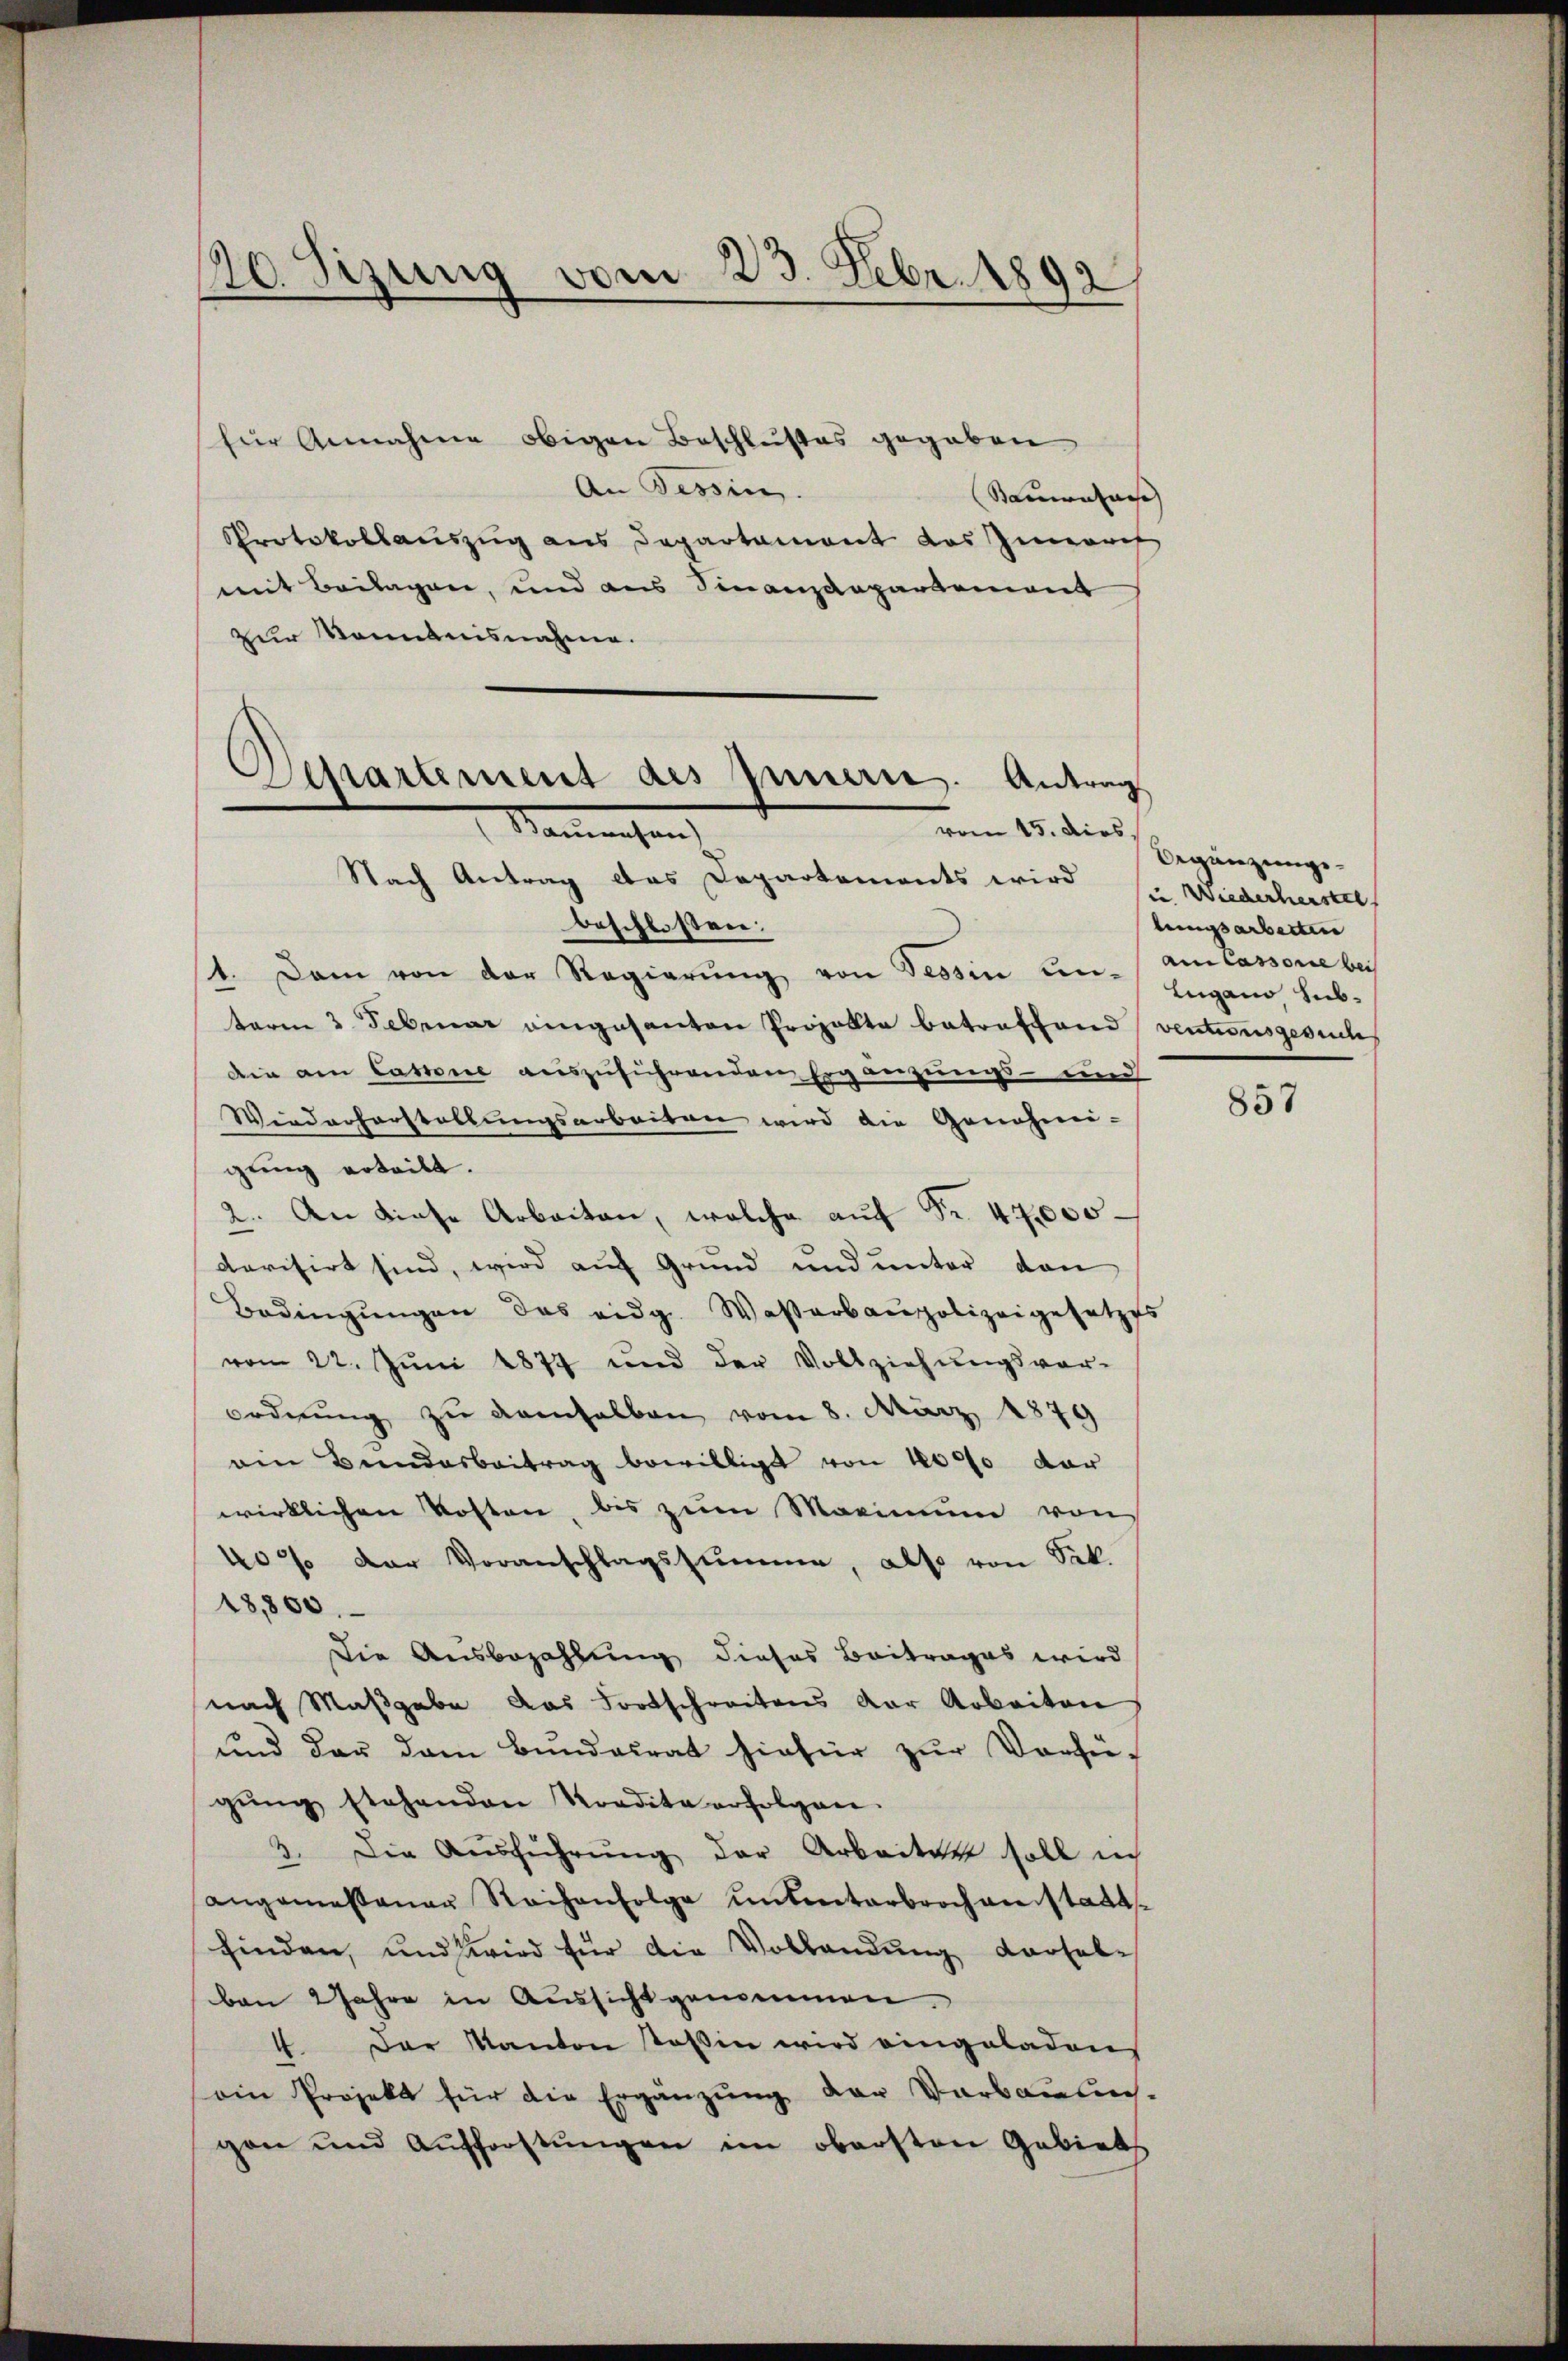
120. Sizung vom 23. Febr. 1892

für Annahme obigen Beschlußes gegeben
An Tessin.
Sanenlage |
Protokollauszug aus Departament das Zimarit
mit Beilagen, und aus Finanzdepartement
zur Kenntnisnahme.
Nach Antrag das Departements wird ( Wiederherstel
beschlossen:
1. Dann von der Regierung von Tessin un- am Cassone bei
term 3. Februar eingesanten Projekte betreffend ventionsgesuches
Die am Cassone auszuführenden Ergänzungs- und
Wiederherstellungsarbeiten wird die Genehmi-
gung erteilt.
2. An diese Arbeiten, welche auf Fr. 47000.
derisirt sind, wird auf Grund und unter den
Bedingŭngen des eidg. Waßerbaupolizeigesetzes
vom 22. Juni 1877 und der Vollziehŭngsvor-
ordnŭng zu demselben vom 8. März 1879
ein Bundesbeitrag bewilligt von 1000 dar
wirklichen Kosten, bis zum Maximum von
40% der Voranschlagssumme, also von Sek.
18,800.
Die Ausbezahlung dieses Beitrages wird
nach Maßgabe das Fortschreitens der Arbeiten
und der dem Bundesrat hiefür zur Verfügŭng stehenden Kondita erfolgen.
3. Die Aŭsführŭng der Arbeiten soll in
angemessener Reihenfolge untenterbrochenstatt
finden, und wird für die Vollandung vorhabe
ban 2 Jahre in Aussicht genommen.
4. Der Kanton stoßen wird eingeladens
ain Projekt für die Ergänzŭng der Verbaŭŭn-
gen und Aufforstŭngen im obersten Gebiets

Departement des Innern. Antrag
vom 15. dies
Sanrechen

Begänzungslungsarbeiten
Lugano sub.

857